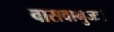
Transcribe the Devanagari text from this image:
वासवानुजः।